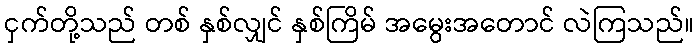
ငှက်တို့သည် တစ် နှစ်လျှင် နှစ်ကြိမ် အမွေးအတောင် လဲကြသည်။